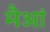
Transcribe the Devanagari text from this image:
मैआं